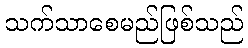
သက်သာစေမည်ဖြစ်သည်